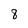
Character: 8